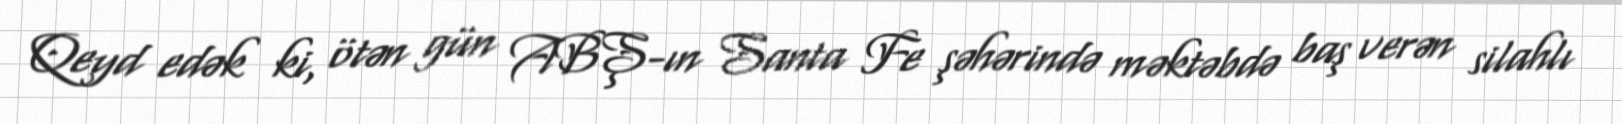
Qeyd edək ki, ötən gün ABŞ-ın Santa Fe şəhərində məktəbdə baş verən silahlı